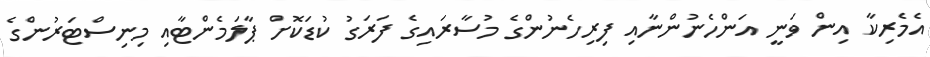
އެމެރިކާ އިން ވަނީ އަންހެނުންނާއި ފިރިހެނުންގެ މުސާރައިގެ ފަރަގު ކުޑަކޮށް ޕާލަމެންޓާއި މިނިސްޓަރުންގެ